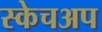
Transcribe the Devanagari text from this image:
स्केचअप